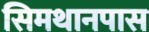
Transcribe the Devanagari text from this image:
सिमथानपास